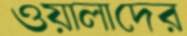
ওয়ালাদের